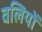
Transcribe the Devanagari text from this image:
वलियों